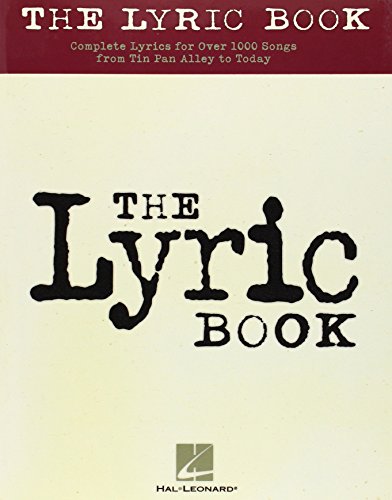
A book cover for The Lyric Book: Complete Lyrics for Over 1000 Songs from Tin Pan Alley to Today; Biographies & Memoirs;